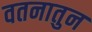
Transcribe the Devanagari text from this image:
वतनातुन